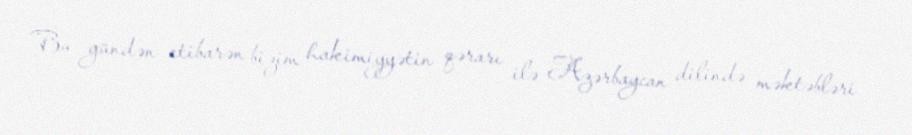
Bu gündən etibarən bizim hakimiyyətin qərarı ilə Azərbaycan dilində məktəbləri